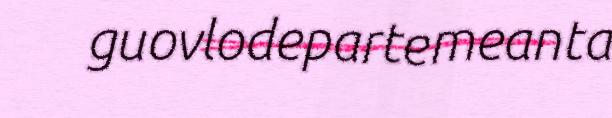
guovlodepartemeanta